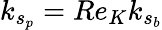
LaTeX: k_{s_{p}}=Re_{K}k_{s_{b}}